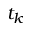
t _ { k }